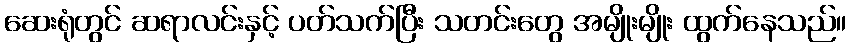
ဆေးရုံတွင် ဆရာလင်းနှင့် ပတ်သက်ပြီး သတင်းတွေ အမျိုးမျိုး ထွက်နေသည်။